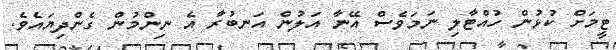
ޓީމަށް ކުޅުން ހުއްޓާލި ނަމަވެސް އޭނާ އަލުން އަނބުރާ އެ ނިންމުން ގެންދިޔައެވެ.